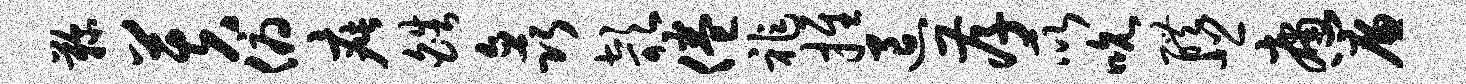
鞠芙俯疵皓矗欹倦祚推退孝所吮醴悲庸帘